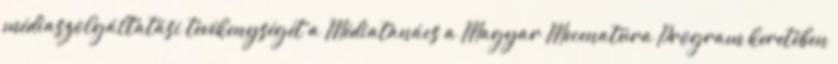
médiaszolgáltatási tevékenységét a Médiatanács a Magyar Mecenatúra Program keretében